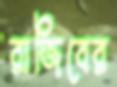
রাজিবের